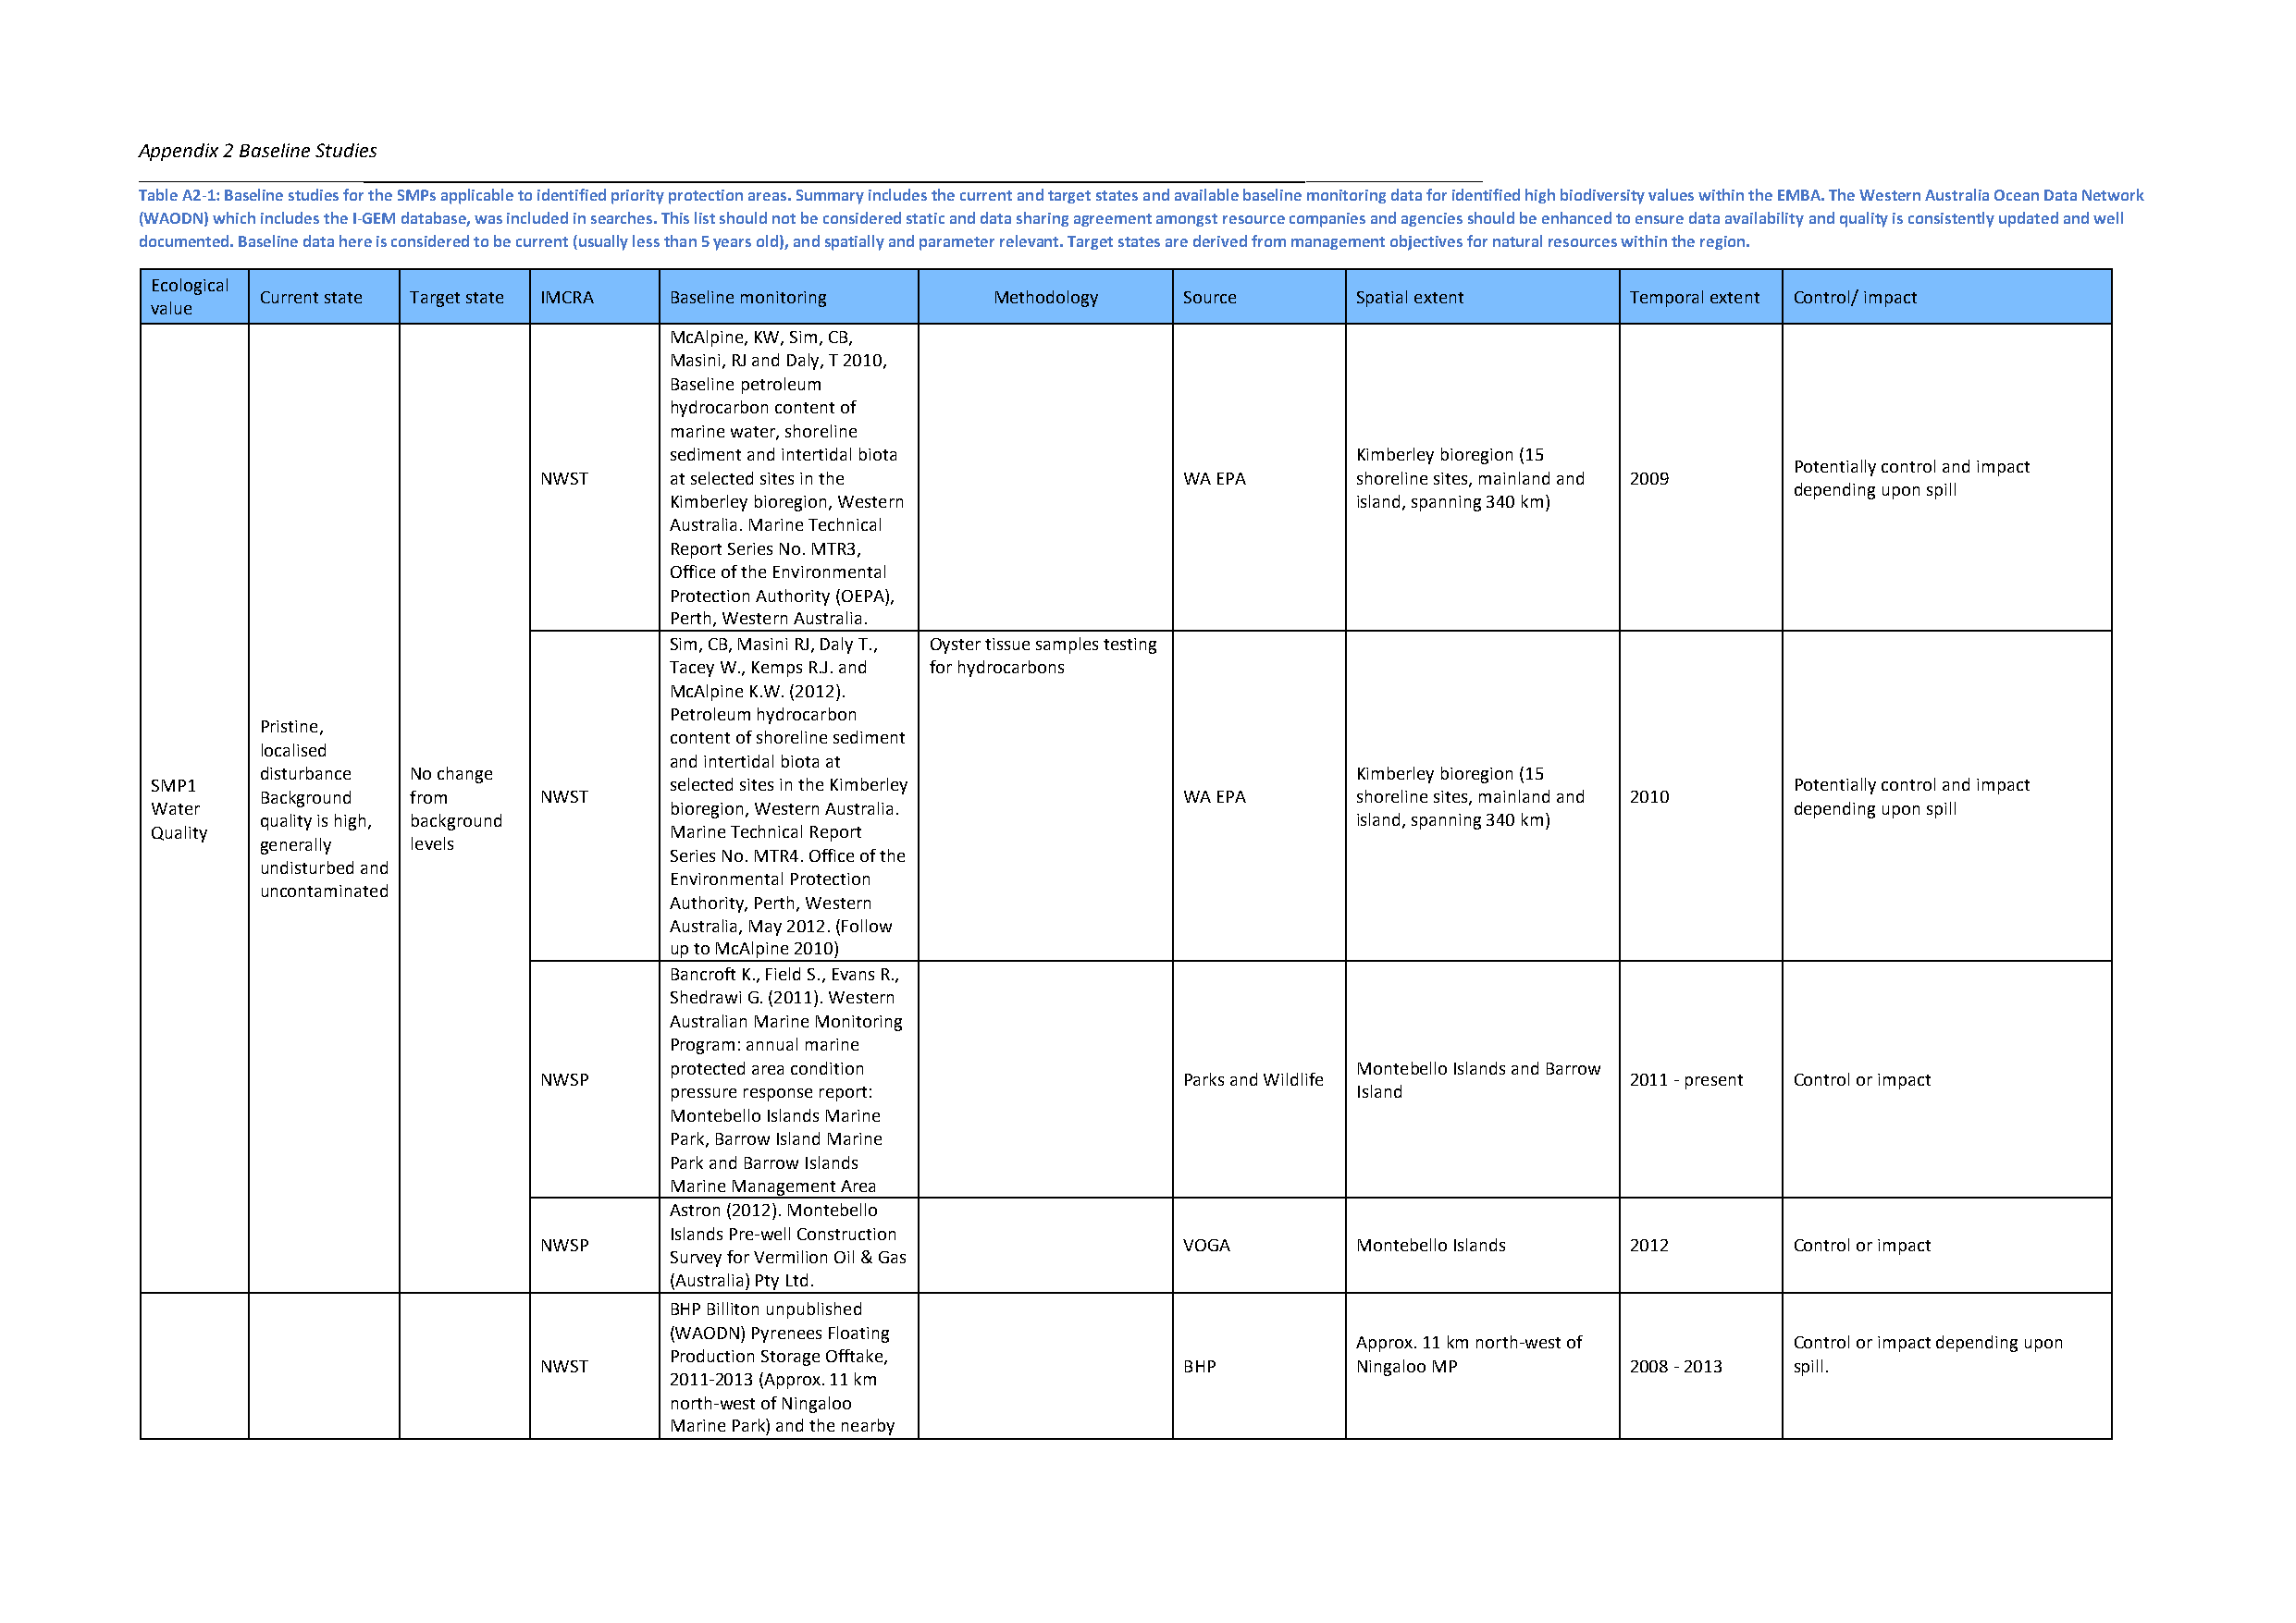
Appendix 2 Baseline Studies
 _                _                                                 _
 Table A2-1: Baseline studies for the SMPs applicable to identified priority protection areas. Summary includes the current and target states and available baseline monitoring data for identified high biodiversity values within the EMBA. The Western Australia Ocean Data Network
 (WAODN) which includes the I-GEM database, was included in searches. This list should not be considered static and data sharing agreement amongst resource companies and agencies should be enhanced to ensure data availability and quality is consistently updated and well
 documented. Baseline data here is considered to be current (usually less than 5 years old), and spatially and parameter relevant. Target states are derived from management objectives for natural resources within the region.
 Ecological
 Current state Target state IMCRA Baseline monitoring Methodology  Source      Spatial extent      Temporal extent Control/ impact
 value
 McAlpine, KW, Sim, CB,
 Masini, RJ and Daly, T 2010,
 Baseline petroleum
 hydrocarbon content of
 marine water, shoreline
 sediment and intertidal biota                    Kimberley bioregion (15
 Potentially control and impact
 NWST     at selected sites in the             WA EPA      shoreline sites, mainland and 2009
 depending upon spill
 Kimberley bioregion, Western                     island, spanning 340 km)
 Australia. Marine Technical
 Report Series No. MTR3,
 Office of the Environmental
 Protection Authority (OEPA),
 Perth, Western Australia.
 Sim, CB, Masini RJ, Daly T., Oyster tissue samples testing
 Tacey W., Kemps R.J. and for hydrocarbons
 McAlpine K.W. (2012).
 Petroleum hydrocarbon
 Pristine,
 content of shoreline sediment
 localised
 and intertidal biota at
 disturbance No change                                                         Kimberley bioregion (15
 SMP1                                 selected sites in the Kimberley                                                 Potentially control and impact
 Background from     NWST                                          WA EPA      shoreline sites, mainland and 2010
 Water                                bioregion, Western Australia.                                                   depending upon spill
 quality is high, background                                                   island, spanning 340 km)
 Quality                              Marine Technical Report
 generally levels
 Series No. MTR4. Office of the
 undisturbed and
 Environmental Protection
 uncontaminated
 Authority, Perth, Western
 Australia, May 2012. (Follow
 up to McAlpine 2010)
 Bancroft K., Field S., Evans R.,
 Shedrawi G. (2011). Western
 Australian Marine Monitoring
 Program: annual marine
 protected area condition                         Montebello Islands and Barrow
 NWSP                                          Parks and Wildlife              2011 - present Control or impact
 pressure response report:                        Island
 Montebello Islands Marine
 Park, Barrow Island Marine
 Park and Barrow Islands
 Marine Management Area
 Astron (2012). Montebello
 Islands Pre-well Construction
 NWSP                                          VOGA        Montebello Islands  2012       Control or impact
 Survey for Vermilion Oil & Gas
 (Australia) Pty Ltd.
 BHP Billiton unpublished
 (WAODN) Pyrenees Floating
 Approx. 11 km north-west of    Control or impact depending upon
 Production Storage Offtake,
 NWST                                          BHP         Ningaloo MP         2008 - 2013 spill.
 2011-2013 (Approx. 11 km
 north-west of Ningaloo
 Marine Park) and the nearby